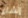
إنشاء